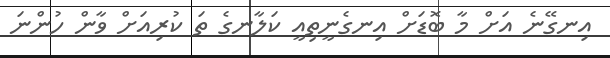
އިނގޭނެ އަށް މާ ބޮޑަށް އިނގެނީތިއީ ކަލާނގެ ތަ ކުރިއަށް ވާން ހުންނަ